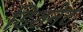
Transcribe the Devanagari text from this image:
डिशनेट